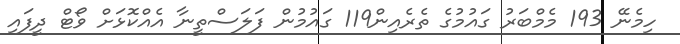
ހިމެނޭ 193 މެމްބަރު ގައުމުގެ ތެރެއިން119 ގައުމުން ފަލަސްތީނާ އެއްކޮޅަށް ވޯޓް ދީފައި